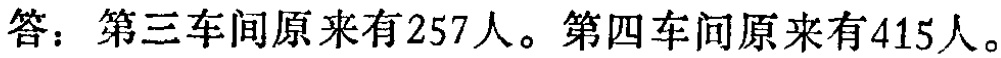
答：第三车间原来有257人。第四车间原来有415人。